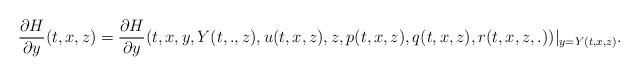
LaTeX: \begin{align*}\frac{\partial H}{\partial y}(t,x,z)=\frac{\partial H}{\partial y}(t,x,y,Y(t,.,z),u(t,x,z),z,p(t,x,z),q(t,x,z),r(t,x,z,.))|_{y=Y(t,x,z)}.\end{align*}